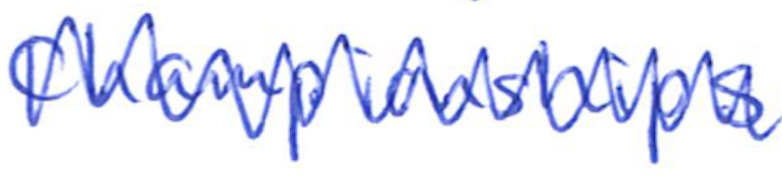
Text: Championships
Cross-out: mix
Writing tool: ballpoint